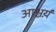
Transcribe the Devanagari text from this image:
आश्चर्य़